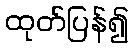
ထုတ်ပြန်၍